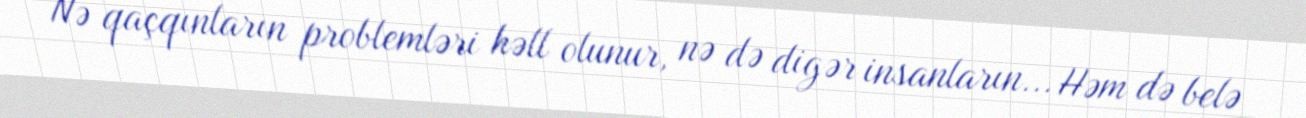
Nə qaçqınların problemləri həll olunur, nə də digər insanların... Həm də belə